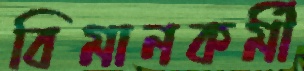
বিমানকর্মী